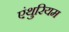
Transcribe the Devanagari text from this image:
एंथुरियम